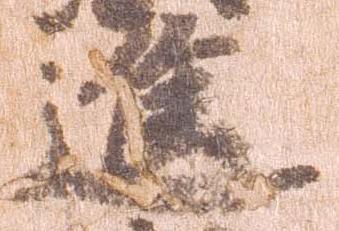
進